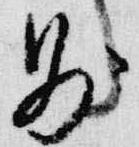
則